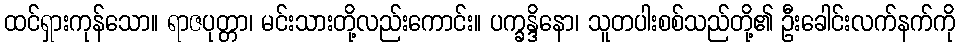
ထင်ရှားကုန်သော။ ရာဇပုတ္တာ၊ မင်းသားတို့လည်းကောင်း။ ပက္ခန္ဒိနော၊ သူတပါးစစ်သည်တို့၏ ဦးခေါင်းလက်နက်ကို